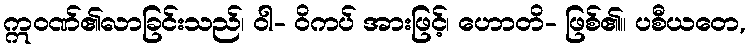
ဣဝဏ်၏လာခြင်းသည်၊ ဝါ- ဝိကပ် အားဖြင့်၊ ဟောတိ- ဖြစ်၏။ ပစီယတေ,